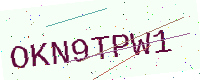
Text: OKN9TPW1